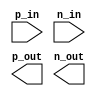
module differential_buffer (
    input wire p_in, n_in, // input differential signals
    output reg p_out, n_out // output differential signals
);

// Verilog code for differential buffer implementation here

endmodule